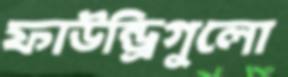
ফাউন্ড্রিগুলো